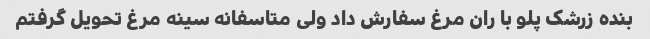
بنده زرشک پلو با ران مرغ سفارش داد ولی متاسفانه سینه مرغ تحویل گرفتم